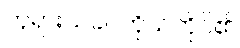
ဘုရားသခင်ကိုယ်တိုင်၏